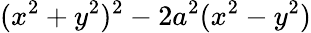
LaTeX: (x^{2}+y^{2})^{2}-2a^{2}(x^{2}-y^{2})